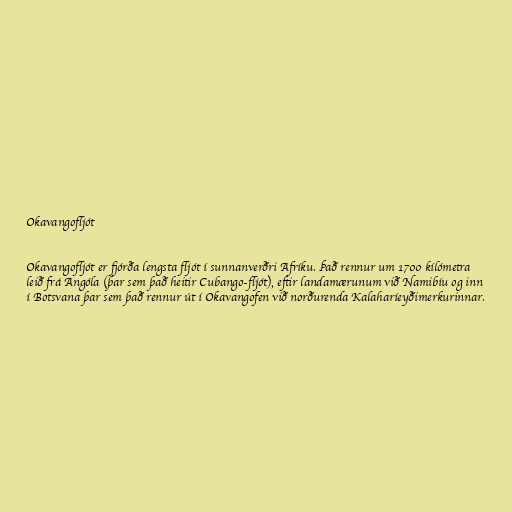
Okavangofljót

Okavangofljót er fjórða lengsta fljót í sunnanverðri Afríku. Það rennur um 1700 kílómetra
leið frá Angóla (þar sem það heitir Cubango-fljót), eftir landamærunum við Namibíu og inn
í Botsvana þar sem það rennur út í Okavangofen við norðurenda Kalaharíeyðimerkurinnar.